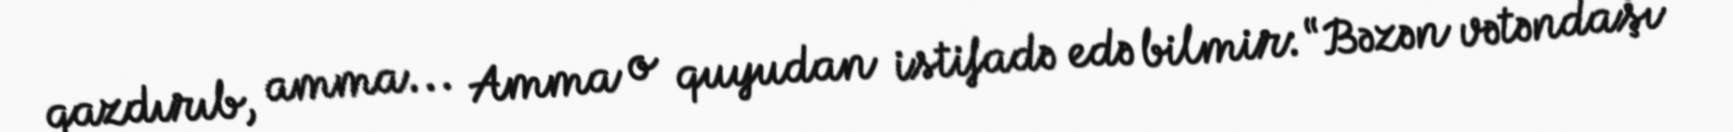
qazdırıb, amma... Amma o quyudan istifadə edə bilmir: “Bəzən vətəndaşı